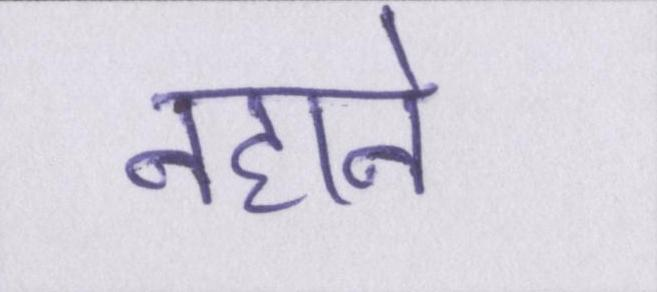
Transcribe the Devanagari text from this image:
नहाने